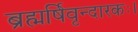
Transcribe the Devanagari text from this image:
ब्रह्मर्षिवृन्दारकः।